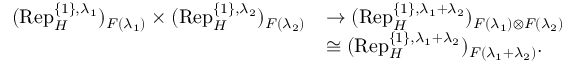
\begin{array} { r l } { ( \mathrm { R e p } _ { H } ^ { \{ 1 \} , \lambda _ { 1 } } ) _ { F ( \lambda _ { 1 } ) } \times ( \mathrm { R e p } _ { H } ^ { \{ 1 \} , \lambda _ { 2 } } ) _ { F ( \lambda _ { 2 } ) } } & { \rightarrow ( \mathrm { R e p } _ { H } ^ { \{ 1 \} , \lambda _ { 1 } + \lambda _ { 2 } } ) _ { F ( \lambda _ { 1 } ) \otimes F ( \lambda _ { 2 } ) } } \\ & { \cong ( \mathrm { R e p } _ { H } ^ { \{ 1 \} , \lambda _ { 1 } + \lambda _ { 2 } } ) _ { F ( \lambda _ { 1 } + \lambda _ { 2 } ) } . } \end{array}